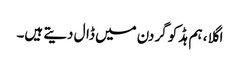
اگلا ، ہم ہڈ کو گردن میں ڈال دیتے ہیں۔